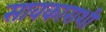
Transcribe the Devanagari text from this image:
सावकाराशी